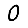
Digit: 0